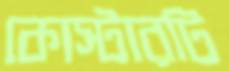
কোস্টারটি